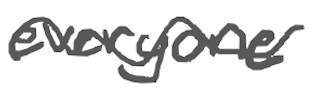
Text: everyone
Cross-out: wave
Writing tool: digital_gray